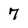
Character: 7